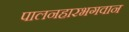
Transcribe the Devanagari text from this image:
पालनहारभगवान